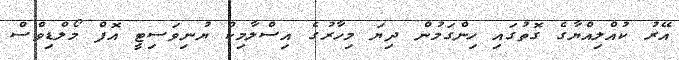
އޭރު ކުއްލިއްޔާގެ ގޮތުގައި ހިންގަމުން ދިޔަ މިހާރުގެ އިސްލާމިކް ޔުނިވަސިޓީ އޮފް މޯލްޑިވްސް